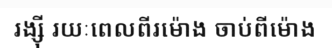
រង្ស៊ី រយៈពេលពីរម៉ោង ចាប់ពីម៉ោង